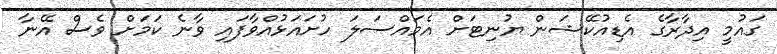
ގައުމީ އިދާރާގެ އެޑިއުކޭޝަން ޔުނިޓަށް އެމައްސަލަ ހުށައަޅުއްވާފައި ވާނެ ކަމަށް ވެސް އޭނާ